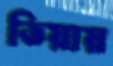
ভিয়ায়